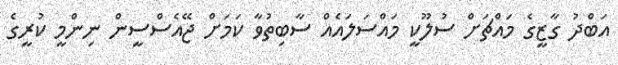
އަބްދު ގާޒީގެ މައްޗަށް ސުލޫކީ މައްސަލައެއް ސާބިތުވާ ކަމަށް ޖޭއެސްސީން ނިންމީ ކުރީގެ